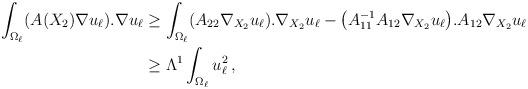
LaTeX: \begin{align*}\begin{aligned} \int_{\Omega_\ell} (A(X_2)\nabla u_\ell).\nabla u_\ell&\geq \int_{\Omega_\ell} (A_{22}\nabla_{X_2}u_\ell).\nabla_{X_2}u_\ell-\big(A_{11}^{-1}A_{12}\nabla_{X_2}u_\ell\big).A_{12}\nabla_{X_2}u_\ell\\&\geq \Lambda^1\int_{\Omega_\ell}u_\ell^2\,,\end{aligned} \end{align*}